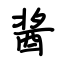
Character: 酱